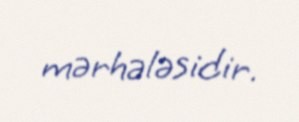
mərhələsidir.